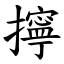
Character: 擰